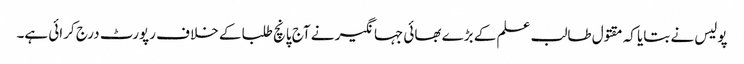
پولیس نے بتایا کہ مقتول طالب علم کے بڑے بھائی جہانگیر نے آج پانچ طلبا کے خلا ف رپورٹ درج کرائی ہے۔